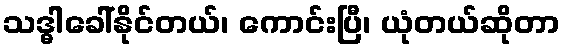
သဒ္ဓါခေါ်နိုင်တယ်၊ ကောင်းပြီ၊ ယုံတယ်ဆိုတာ